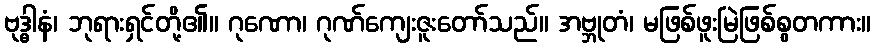
ဗုဒ္ဓါနံ၊ ဘုရားရှင်တို့၏။ ဂုဏော၊ ဂုဏ်ကျေးဇူးတော်သည်။ အဗ္ဘုတံ၊ မဖြစ်ဖူးမြဲဖြစ်စွတကား။